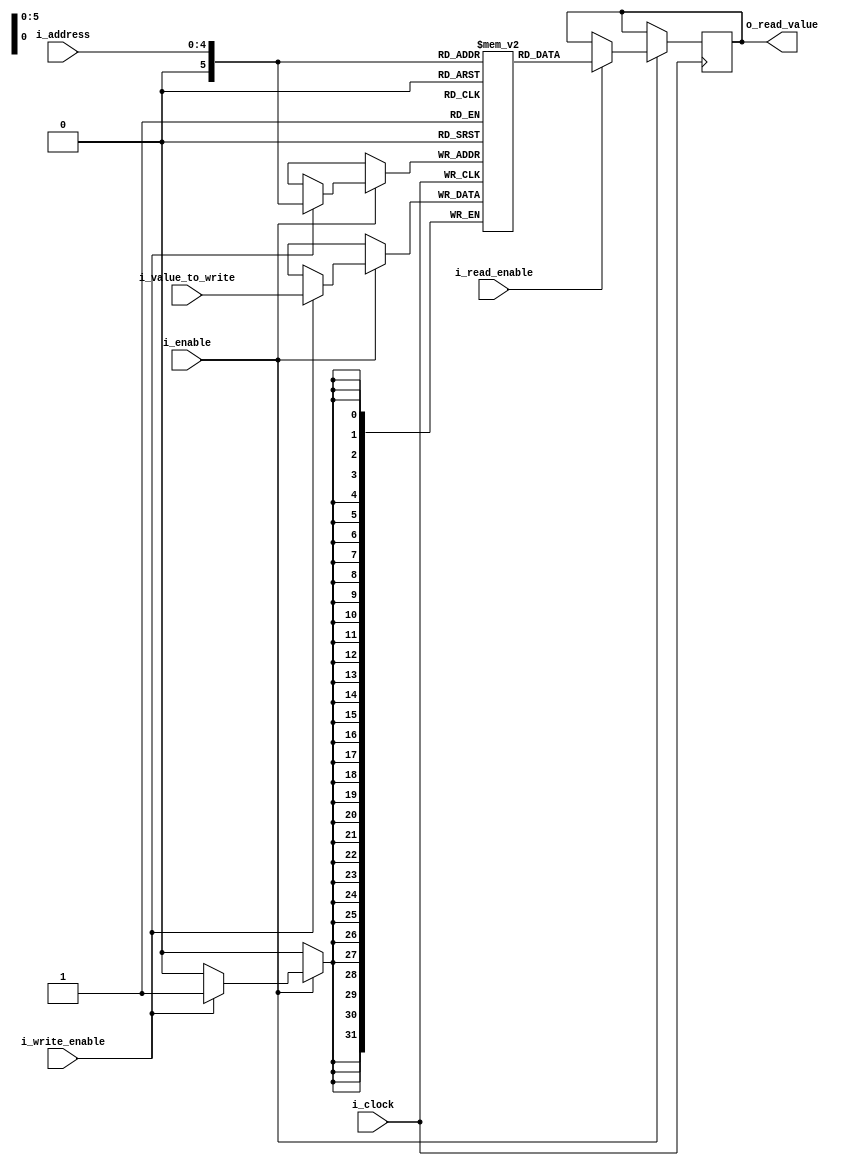
`timescale 1ns / 1ps
//////////////////////////////////////////////////////////////////////////////////
// Company: 
// Engineer: 
// 
// Create Date: 
// Design Name: 
// Module Name: memory_data
// Project Name: 
// Target Devices: 
// Tool Versions: 
// Description: 
// 
// Dependencies: 
// 
// Revision:
// Revision 0.01 - File Created
// Additional Comments:
// 
//////////////////////////////////////////////////////////////////////////////////


module memory_data #(
    parameter MEM_CELL_SIZE = 32,
    parameter MAX_ADDRESS = 32,
    parameter ADDRESS_BYTES = 5 // Address size determinado x la cant de direcciones que podemos tener
) (
    input i_clock,
    input i_enable,
    input i_read_enable,
    input i_write_enable,
    input [ADDRESS_BYTES-1:0] i_address,
    input [MEM_CELL_SIZE-1:0] i_value_to_write,
    output reg [MEM_CELL_SIZE-1:0] o_read_value
);

  reg [MEM_CELL_SIZE-1:0] RAM[0:MAX_ADDRESS];

  generate
		integer index;
		initial
			for (index = 0; index < MAX_ADDRESS; index = index + 1)
				RAM[index] = index;
	endgenerate

  always @(posedge i_clock) begin
    if (i_enable) begin
      if (i_write_enable) begin
        RAM[i_address] <= i_value_to_write;
      end
      if (i_read_enable) begin
        o_read_value <= RAM[i_address];
      end
    end
  end
    
    
endmodule